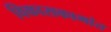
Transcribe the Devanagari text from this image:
विकासकामांत